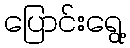
ပြောင်းရွေ့